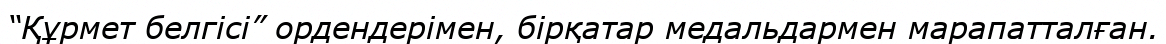
“Құрмет белгісі” ордендерімен, бірқатар медальдармен марапатталған.